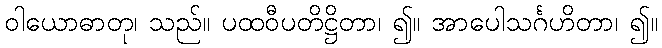
ဝါယောဓာတု၊ သည်။ ပထဝီပတိဋ္ဌိတာ၊ ၍။ အာပေါသင်္ဂဟိတာ၊ ၍။